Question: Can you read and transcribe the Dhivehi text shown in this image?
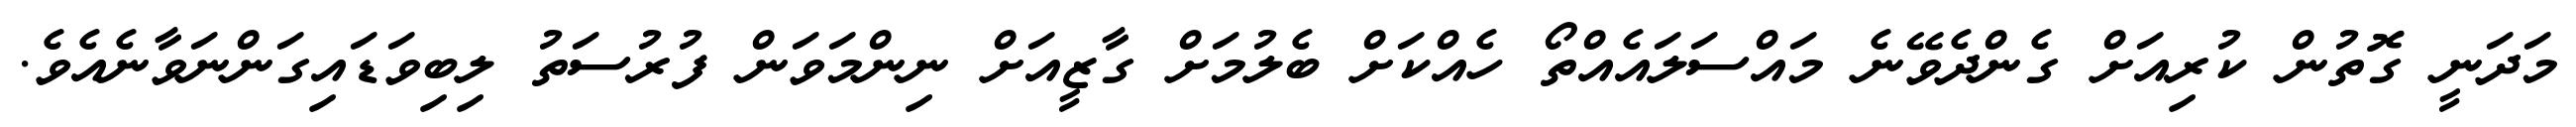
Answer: މަދަނީ ގޮތުން ކުރިއަށް ގެންދެވޭނެ މައްސަލައެއްތޯ ހެއްކަށް ބެލުމަށް ގާޒީއަށް ނިންމަވަން ފުރުސަތު ލިބިވަޑައިގަންނަވާނެއެވެ.